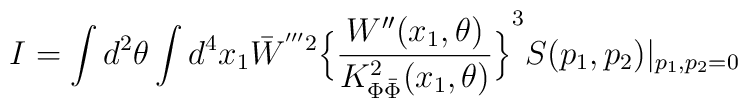
I=\int d^2\theta \int d^4 x_1 {\bar{W}}^{'''2}{\Big\{\frac{W''(x_1,\theta)}{K_{\Phi\bar{\Phi}}^2(x_1,\theta)}\Big\}}^3S(p_1,p_2)|_{p_1,p_2=0}